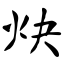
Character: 炔